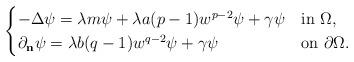
LaTeX: \begin{align*} \begin{cases} -\Delta \psi = \lambda m \psi + \lambda a (p-1) w^{p-2}\psi + \gamma \psi & \mbox{in $\Omega$}, \\ \partial_{\mathbf{n}}\psi = \lambda b (q-1) w^{q-2}\psi + \gamma \psi & \mbox{on $\partial \Omega$}.\end{cases}\end{align*}